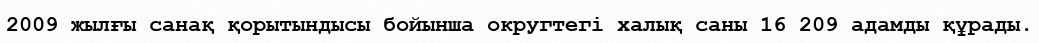
2009 жылғы санақ қорытындысы бойынша округтегі халық саны 16 209 адамды құрады.